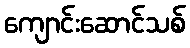
ကျောင်းဆောင်သစ်